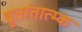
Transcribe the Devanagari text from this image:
वृतांतात्‍म्क